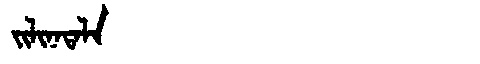
Manchu: ᠵᡳᠯᡳᠨᠠᡨᠠᠯᠠ
Romanization: JILINATALA